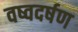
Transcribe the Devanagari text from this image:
वष्वदर्षण